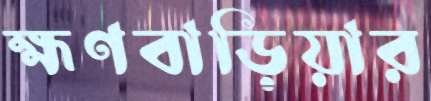
হ্মণবাড়িয়ার